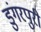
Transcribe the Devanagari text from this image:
डुंगरपुरी